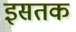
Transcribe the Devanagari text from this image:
इसतक